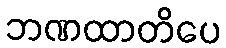
ဘဏထာတိပေ